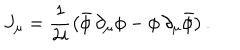
J _ { \mu } = \frac { 1 } { 2 i } \left( \bar { \phi } \, \partial _ { \mu } \phi - \phi \, \partial _ { \mu } \bar { \phi } \right) .